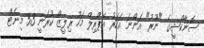
ސޮނާކްޝީގެ "ނޫރު" އަންނަ އަހަރު އޭޕްރިލް މަހު ރިލީޒް ކުރަނީ 53 މިނެޓް